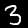
Label: 3